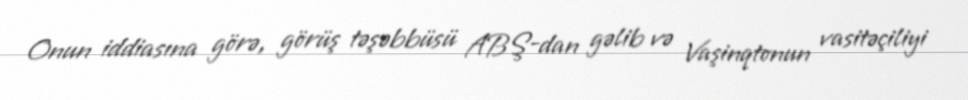
Onun iddiasına görə, görüş təşəbbüsü ABŞ-dan gəlib və Vaşinqtonun vasitəçiliyi